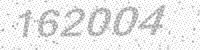
Solution: 162004